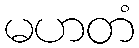
မဟတံ